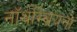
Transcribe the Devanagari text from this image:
नॉर्थम्ब्रियनों